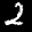
Label: 2